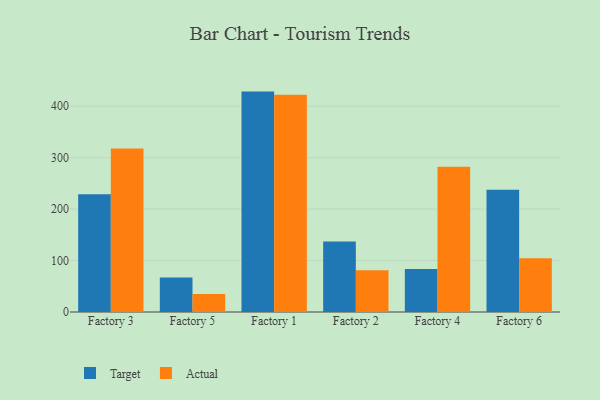
{"axis": {"x": "Factory", "y": "Shipments"}, "legend": ["Actual", "Target"], "data": [{"x": "Factory 3", "y": 228.9, "type": "Target"}, {"x": "Factory 3", "y": 317.8, "type": "Actual"}, {"x": "Factory 5", "y": 67.0, "type": "Target"}, {"x": "Factory 5", "y": 34.8, "type": "Actual"}, {"x": "Factory 1", "y": 428.4, "type": "Target"}, {"x": "Factory 1", "y": 422.1, "type": "Actual"}, {"x": "Factory 2", "y": 137.1, "type": "Target"}, {"x": "Factory 2", "y": 81.1, "type": "Actual"}, {"x": "Factory 4", "y": 83.5, "type": "Target"}, {"x": "Factory 4", "y": 282.3, "type": "Actual"}, {"x": "Factory 6", "y": 237.5, "type": "Target"}, {"x": "Factory 6", "y": 104.7, "type": "Actual"}]}